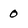
Character: 0